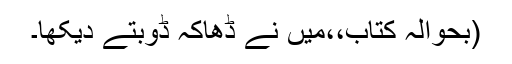
(بحوالہ کتاب،،میں نے ڈھاکہ ڈوبتے دیکھا۔